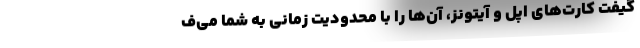
گیفت کارت‌های اپل و آیتونز، آن‌ها را با محدودیت زمانی به شما می‌ف